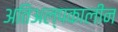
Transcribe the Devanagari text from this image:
अतिअल्पकालीन